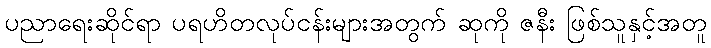
ပညာရေးဆိုင်ရာ ပရဟိတလုပ်ငန်းများအတွက် ဆုကို ဇနီး ဖြစ်သူနှင့်အတူ